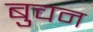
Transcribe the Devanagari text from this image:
बुचन